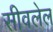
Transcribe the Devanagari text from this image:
सीवलेल